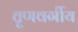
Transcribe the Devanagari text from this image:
तॄणवर्गीय